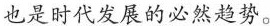
也是时代发展的必然趋势。